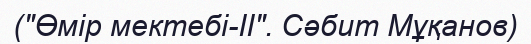
("Өмір мектебі-ІІ". Сәбит Мұқанов)